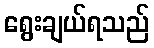
ရွေးချယ်ရသည်